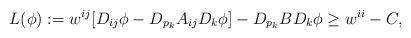
LaTeX: \begin{align*} L(\phi) := w^{ij}[D_{ij}\phi-D_{p_k}A_{ij}D_k\phi]-D_{p_k}BD_k\phi \geq w^{ii}-C, \end{align*}